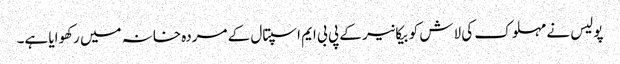
پولیس نے مہلوک کی لاش کو بیکانیر کے پی بی ایم اسپتال کے مردہ خانہ میں رکھوایا ہے۔